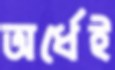
অর্ধেই